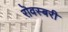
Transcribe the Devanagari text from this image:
रॊवस्बरी